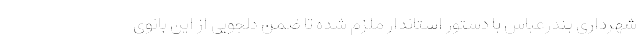
شهرداری بندرعباس با دستور استاندار ملزم شده تا ضمن دلجویی از این بانوی